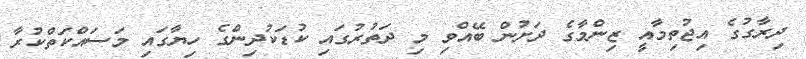
ދިރާގުގެ އިޖުތިމާއީ ޒިންމާގެ ދަށުން ބޭއްވި މި ދަތުރުގައި ކުޑަކުދިންގެ ހިޔާގައި މަސައްކަތްކުރާ